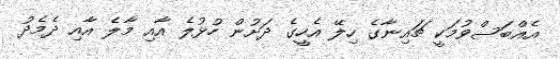
އެއްބަސްވުމަކީ ޗައިނާގެ ހިލޭ އެހީގެ ދަށުން ހުޅުލެ އާއި މާލެ އާއި ދެމެދު